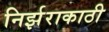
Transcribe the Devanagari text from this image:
निर्झराकाठी